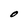
Character: O